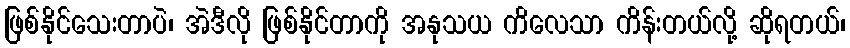
ဖြစ်နိုင်သေးတာပဲ၊ အဲဒီလို ဖြစ်နိုင်တာကို အနုသယ ကိလေသာ ကိန်းတယ်လို့ ဆိုရတယ်၊